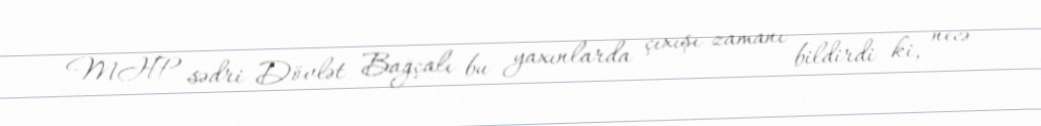
MHP sədri Dövlət Bağçalı bu yaxınlarda çıxışı zamanı bildirdi ki, necə